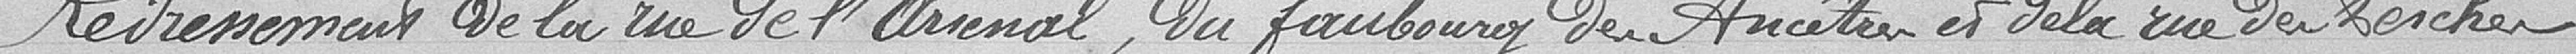
Redressement de la rue de l'arsenal, du faubourg des ancêtres et la rue du boucher